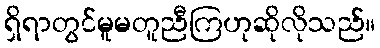
ရှိရာတွင်မူမတူညီကြဟုဆိုလိုသည်။